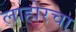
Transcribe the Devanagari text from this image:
लाहोरचा